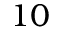
1 0